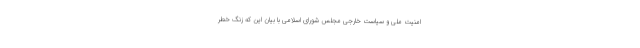
امنیت ملی و سیاست خارجی مجلس شورای اسلامی با بیان این که زنگ خطر